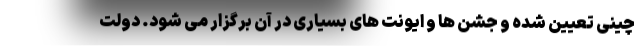
چینی تعیین شده و جشن ها و ایونت های بسیاری در آن برگزار می شود. دولت